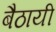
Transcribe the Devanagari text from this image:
बैठायी